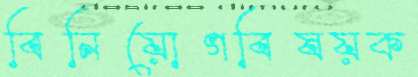
বিনিয়োগবিষয়ক